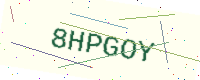
Text: 8HPGOY